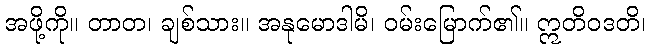
အဖို့ကို။ တာတ၊ ချစ်သား။ အနုမောဒါမိ၊ ဝမ်းမြောက်၏။ ဣတိဝဒတိ၊